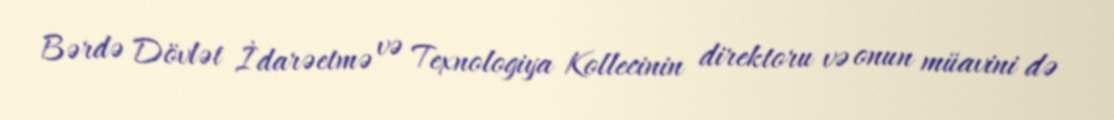
Bərdə Dövlət İdarəetmə və Texnologiya Kollecinin direktoru və onun müavini də